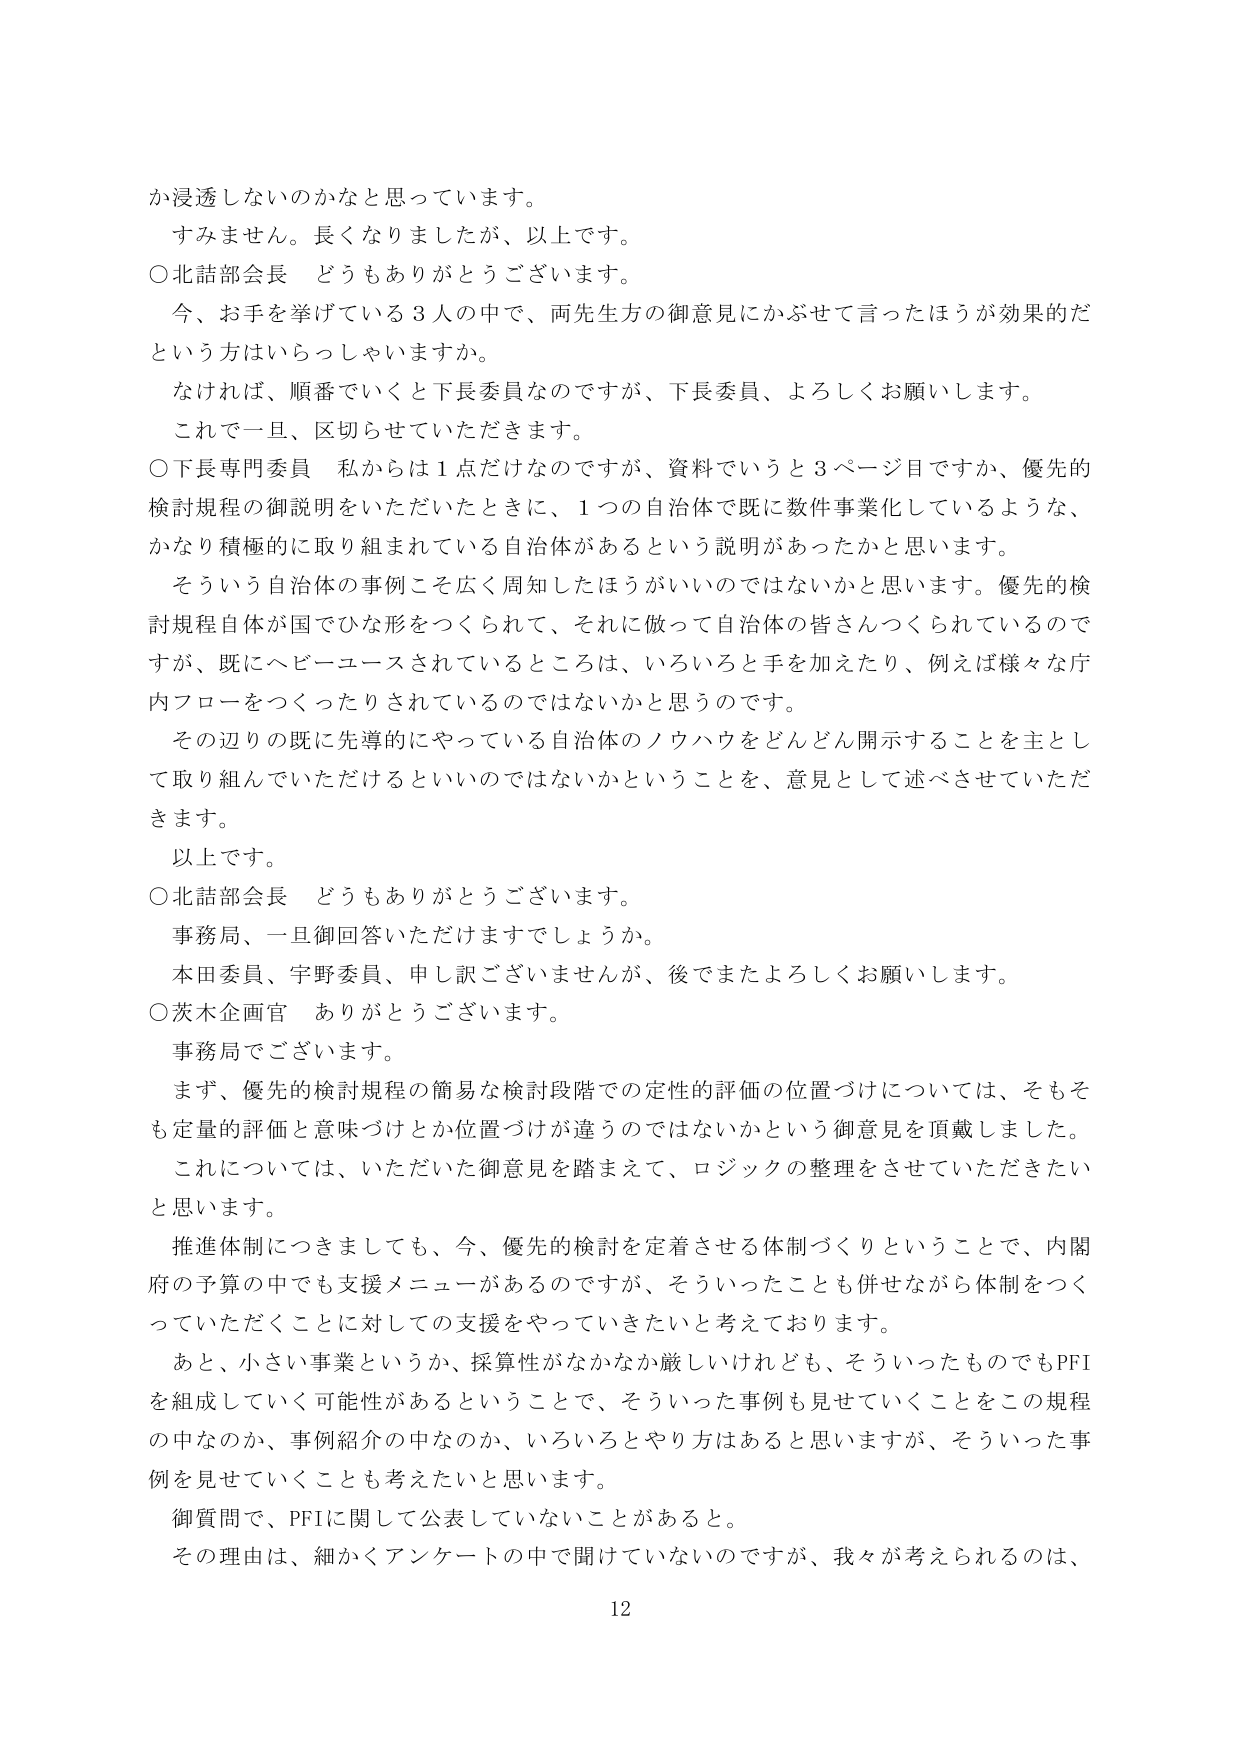
か浸透しないのかなと思っています。
すみません。長くなりました、以上です。
○北詰部会長 どうもありがとうございます。
今、お手を挙げている３人の中で、両先生方の御意見にかぶせて言ったほうが効果的だ
という方はいらっしゃいますか。
なければ、順番でいくと下長委員なのですが、下長委員、よろしくお願いします。
これで一旦、区切らせていただきます。
○下長専門委員 私からは１点だけなのですが、資料でいうと３ページ目ですか、優先的
検討規程の御説明をいただいたときに、１つの自治体で既に数件事業化しているような、
かなり積極的に取り組まれている自治体があるという説明があったかと思います。
そういう自治体の事例こそ広く周知したほうがいいのではないかと思います。優先的検
討規程自体が国でひな形をつくられて、それに做って自治体の皆さんつくられているので
すが、既にヘビーユースされているところは、いろいろと手を加えたり、例えば様々な庁
内フローをつくったりされているのではないかと思うのです。
その辺りの既に先導的にやっている自治体のノウハウをどんどん開示することを主とし
て取り組んでいただけるといいのではないかということを、意見として述べさせていただ
きます。
以上です。
○北詰部会長 どうもありがとうございます。
事務局、一旦御回答いただけますでしょうか。
本田委員、宇野委員、申し訳ございませんが、後でまたよろしくお願いします。
○茨木企画官 ありがとうございます。
事務局でございます。
まず、優先的検討規程の簡易な検討段階での定性的評価の位置づけについては、そもそも
定量的評価と意味づけとか位置づけが違うのではないかという御意見を頂戴しました。
これについては、いただいた御意見を踏まえて、ロジックの整理をさせていただきたい
と思います。
推進体制につきましても、今、優先的検討を定着させる体制づくりということで、内閣
府の予算の中でも支援メニューがあるのですが、そういったことも併せながら体制をつく
っていただくことに対しての支援をやっていきたいと考えております。
あと、小さい事業というか、採算性がなかなか厳しいけれども、そういったものでもPFI
を組成していく可能性があるということで、そういった事例も見せていくことをこの規程
の中なのか、事例紹介の中なのか、いろいろとやり方はあると思いますが、そういった事
例を見せていくことも考えたいと思います。
御質問で、PFIに関して公表していないことがあると。
その理由は、細かくアンケートの中で聞けていないのですが、我々が考えられるのは、
12